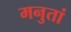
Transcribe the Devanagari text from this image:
मनुतां